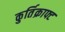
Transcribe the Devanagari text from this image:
कुर्तिक्राफ्ट